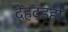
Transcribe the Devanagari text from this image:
देहदंडही